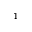
^ { 1 \! }